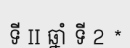
ទី II ឆ្នាំ ទី 2 *